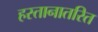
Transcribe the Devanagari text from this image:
हस्तानातरित